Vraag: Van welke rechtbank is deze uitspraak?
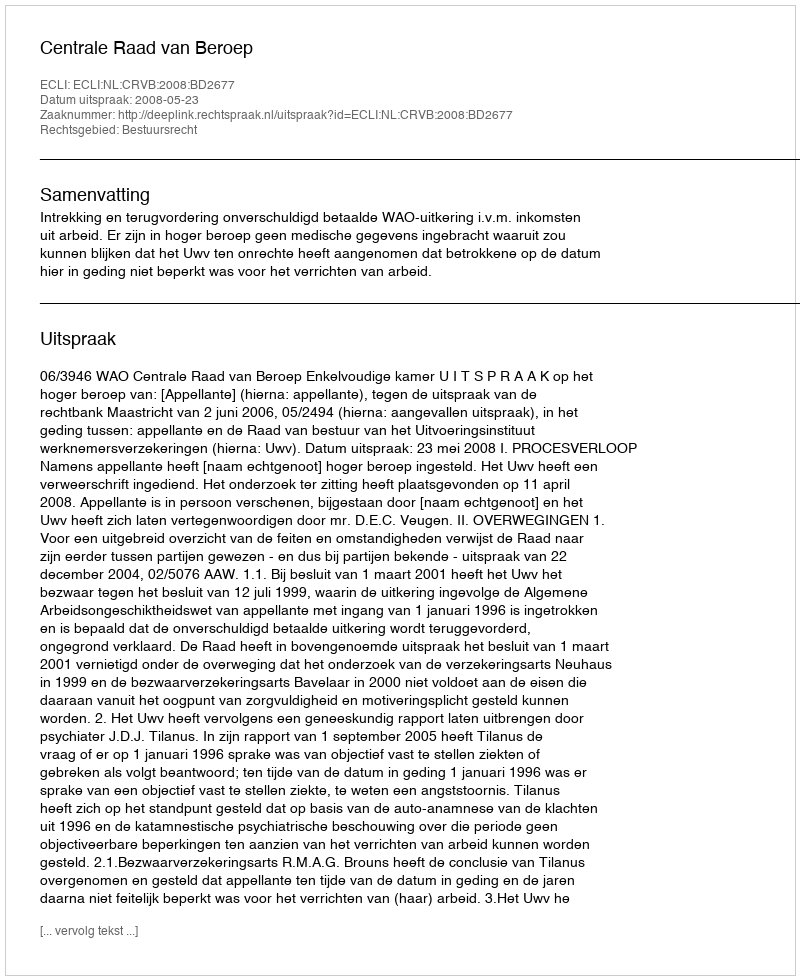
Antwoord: Centrale Raad van Beroep